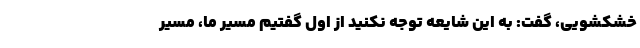
خشکشویی، گفت: به این شایعه توجه نکنید از اول گفتیم مسیر ما، مسیر